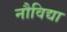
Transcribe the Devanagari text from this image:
नौविद्या